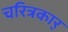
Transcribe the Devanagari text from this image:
चरित्रकार्